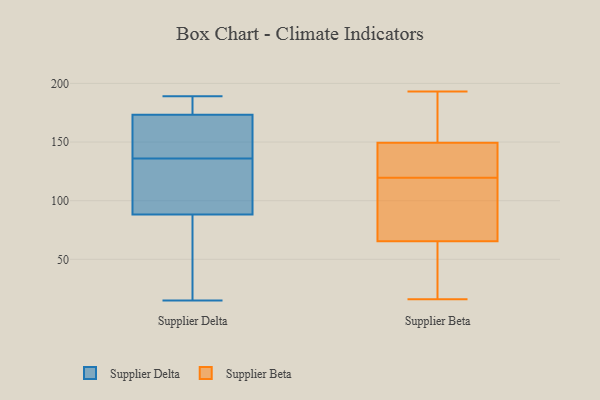
{"axis": {"x": "Demand Index", "y": "Value"}, "legend": ["Supplier Beta", "Supplier Delta"], "data": [{"x": "", "y": 177, "type": "Supplier Delta"}, {"x": "", "y": 189, "type": "Supplier Delta"}, {"x": "", "y": 98, "type": "Supplier Delta"}, {"x": "", "y": 125, "type": "Supplier Delta"}, {"x": "", "y": 109, "type": "Supplier Delta"}, {"x": "", "y": 143, "type": "Supplier Delta"}, {"x": "", "y": 189, "type": "Supplier Delta"}, {"x": "", "y": 187, "type": "Supplier Delta"}, {"x": "", "y": 92, "type": "Supplier Delta"}, {"x": "", "y": 172, "type": "Supplier Delta"}, {"x": "", "y": 77, "type": "Supplier Delta"}, {"x": "", "y": 140, "type": "Supplier Delta"}, {"x": "", "y": 136, "type": "Supplier Delta"}, {"x": "", "y": 141, "type": "Supplier Delta"}, {"x": "", "y": 50, "type": "Supplier Delta"}, {"x": "", "y": 15, "type": "Supplier Delta"}, {"x": "", "y": 30, "type": "Supplier Delta"}, {"x": "", "y": 122, "type": "Supplier Beta"}, {"x": "", "y": 117, "type": "Supplier Beta"}, {"x": "", "y": 21, "type": "Supplier Beta"}, {"x": "", "y": 193, "type": "Supplier Beta"}, {"x": "", "y": 150, "type": "Supplier Beta"}, {"x": "", "y": 72, "type": "Supplier Beta"}, {"x": "", "y": 22, "type": "Supplier Beta"}, {"x": "", "y": 145, "type": "Supplier Beta"}, {"x": "", "y": 65, "type": "Supplier Beta"}, {"x": "", "y": 159, "type": "Supplier Beta"}, {"x": "", "y": 114, "type": "Supplier Beta"}, {"x": "", "y": 72, "type": "Supplier Beta"}, {"x": "", "y": 128, "type": "Supplier Beta"}, {"x": "", "y": 16, "type": "Supplier Beta"}, {"x": "", "y": 165, "type": "Supplier Beta"}, {"x": "", "y": 16, "type": "Supplier Beta"}, {"x": "", "y": 149, "type": "Supplier Beta"}, {"x": "", "y": 132, "type": "Supplier Beta"}, {"x": "", "y": 167, "type": "Supplier Beta"}, {"x": "", "y": 66, "type": "Supplier Beta"}]}